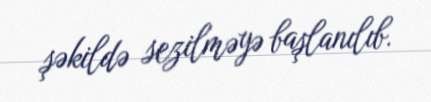
şəkildə sezilməyə başlanılıb.